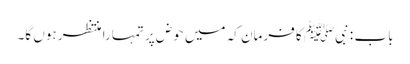
باب : نبیﷺ کا فرمان کہ میں حوض پر تمہارا منتظر ہوں گا۔